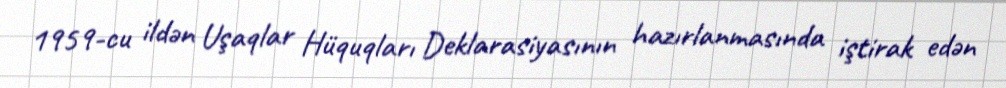
1959-cu ildən Uşaqlar Hüquqları Deklarasiyasının hazırlanmasında iştirak edən